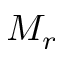
M _ { r }